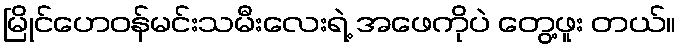
မြိုင်ဟေဝန်မင်းသမီးလေးရဲ့ အဖေကိုပဲ တွေ့ဖူး တယ်။